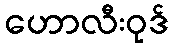
ဟောလီးဝုဒ်